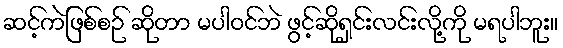
ဆင့်ကဲဖြစ်စဉ် ဆိုတာ မပါဝင်ဘဲ ဖွင့်ဆိုရှင်းလင်းလို့ကို မရပါဘူး။